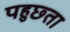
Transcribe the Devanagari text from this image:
पहुछ्ता